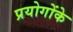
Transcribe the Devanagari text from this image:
प्रयोगोंके